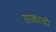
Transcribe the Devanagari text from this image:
सरकरची